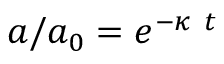
a / a _ { 0 } = e ^ { - \kappa ~ t }